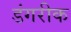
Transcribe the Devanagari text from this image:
डंगरीक